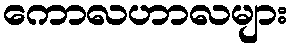
ကောလဟာလများ